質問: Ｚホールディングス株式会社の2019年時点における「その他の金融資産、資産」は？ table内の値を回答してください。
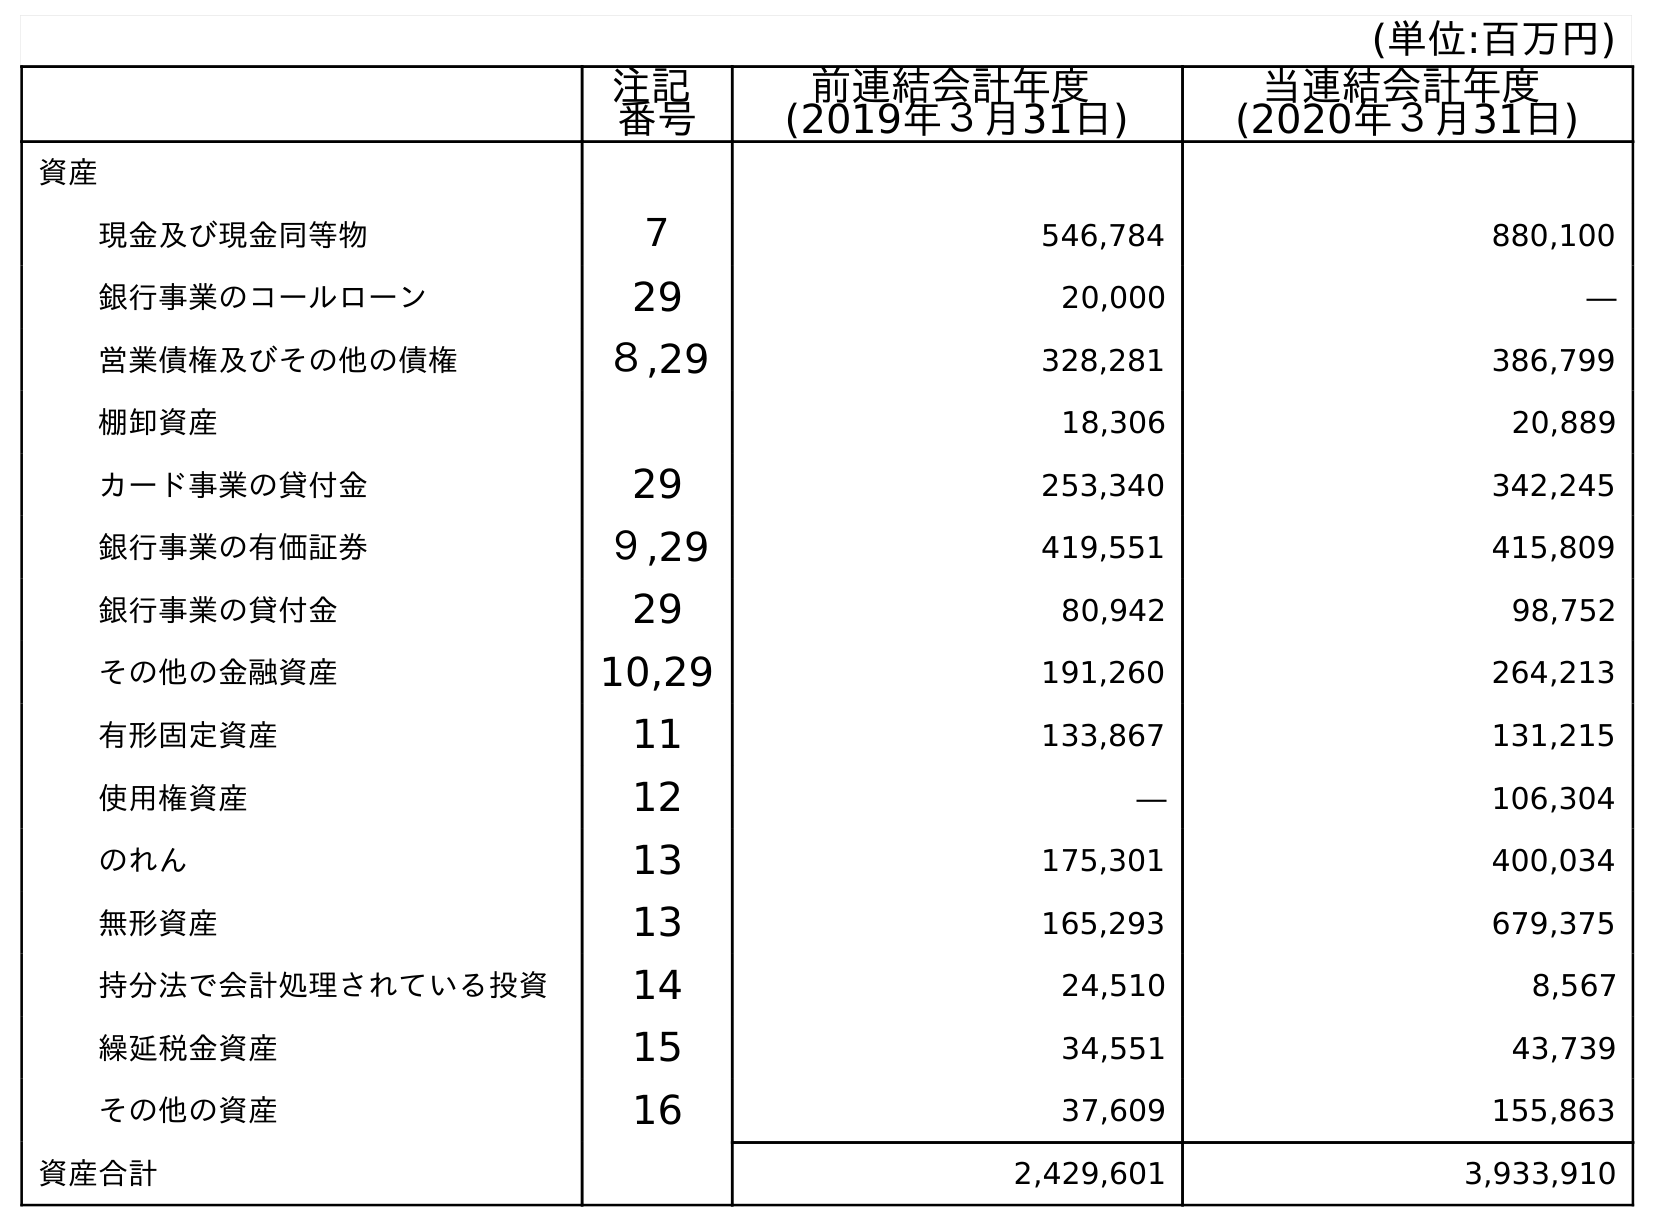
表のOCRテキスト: (単位:百万円) 注記 番号 前連結会計年度 (2019年３月31日) 当連結会計年度 (2020年３月31日) 資産 現金及び現金同等物 ７ 546,784 880,100 銀行事業のコールローン 29 20,000 ― 営業債権及びその他の債権 ８,29 328,281 386,799 棚卸資産 18,306 20,889 カード事業の貸付金 29 253,340 342,245 銀行事業の有価証券 ９,29 419,551 415,809 銀行事業の貸付金 29 80,942 98,752 その他の金融資産 10,29 191,260 264,213 有形固定資産 11 133,867 131,215 使用権資産 12 ― 106,304 のれん 13 175,301 400,034 無形資産 13 165,293 679,375 持分法で会計処理されている投資 14 24,510 8,567 繰延税金資産 15 34,551 43,739 その他の資産 16 37,609 155,863 資産合計 2,429,601 3,933,910
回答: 191,260